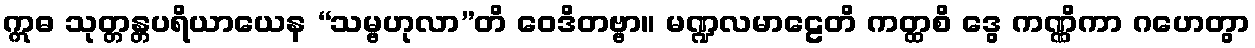
ဣဓ သုတ္တန္တပရိယာယေန “သမ္ဗဟုလာ”တိ ဝေဒိတဗ္ဗာ။ မဏ္ဍလမာဠေတိ ကတ္ထစိ ဒွေ ကဏ္ဏိကာ ဂဟေတွာ